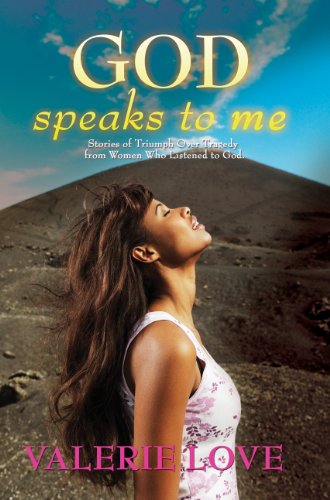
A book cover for God Speaks to Me; Valerie Love; Christian Books & Bibles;